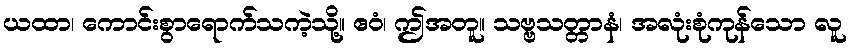
ယထာ၊ ကောင်းစွာရောက်သကဲ့သို့။ ဧဝံ၊ ဤအတူ။ သဗ္ဗသတ္တာနံ၊ အလုံးစုံကုန်သော လူ